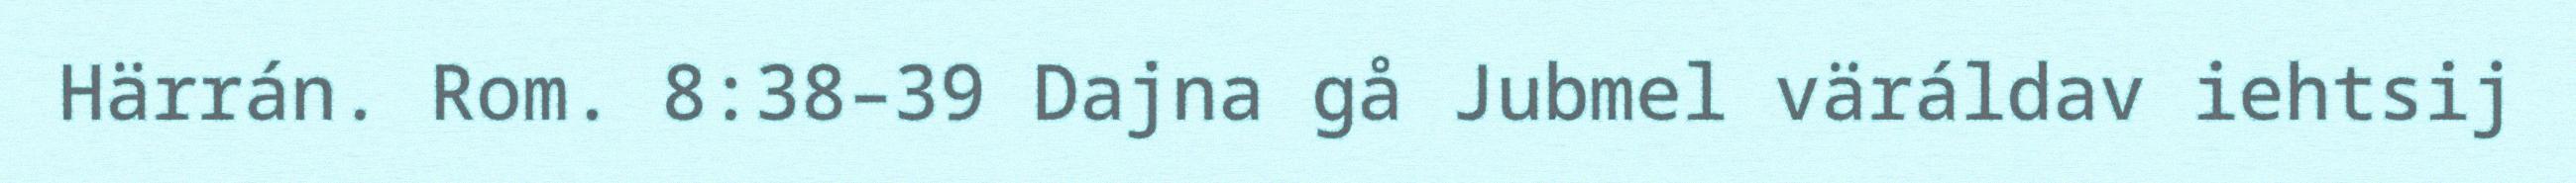
Härrán. Rom. 8:38–39 Dajna gå Jubmel väráldav iehtsij